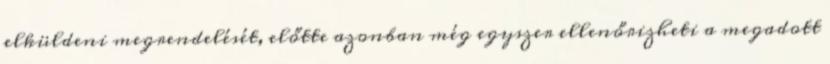
elküldeni megrendelését, előtte azonban még egyszer ellenőrizheti a megadott